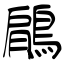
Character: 鵳